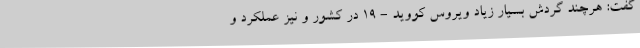
گفت: هرچند گردش بسیار زیاد ویروس کووید - ۱۹ در کشور و نیز عملکرد و